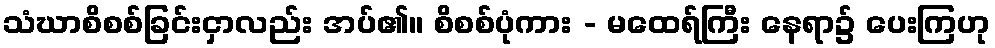
သံဃာစိစစ်ခြင်းငှာလည်း အပ်၏။ စိစစ်ပုံကား - မထေရ်ကြီး နေရာ၌ ပေးကြဟု